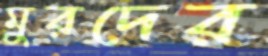
মুরদের